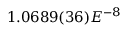
1 . 0 6 8 9 ( 3 6 ) E ^ { - 8 }